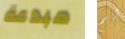
مبدعة لم